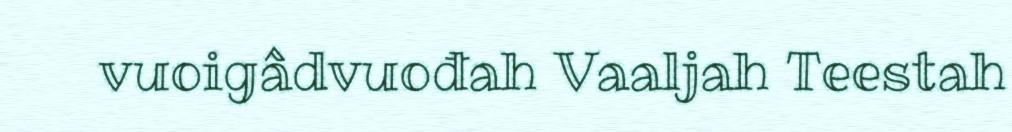
vuoigâdvuođah Vaaljah Teestah